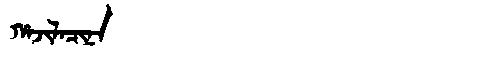
Manchu: ᡥᠠᠵᡳᠯᠠᠴᡳᠨᠠ
Romanization: HAJILACINA